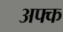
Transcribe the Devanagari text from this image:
अफ्क